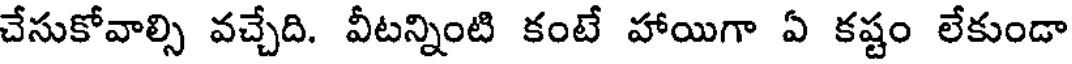
చేసుకోవాల్సి వచ్చేది. వీటన్నింటి కంటే హాయిగా ఏ కష్టం లేకుండా